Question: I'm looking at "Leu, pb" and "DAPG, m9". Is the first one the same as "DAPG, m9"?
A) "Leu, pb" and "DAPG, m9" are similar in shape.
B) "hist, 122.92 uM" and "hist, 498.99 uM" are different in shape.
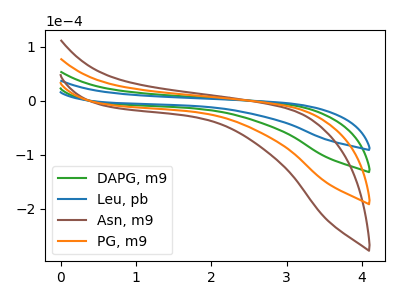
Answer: <think>The green curve "DAPG, m9" has no peaks. The blue curve "Leu, pb" has no peaks. The brown curve "Asn, m9" has no peaks. The orange curve "PG, m9" has no peaks.
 Neither "Leu, pb" or "DAPG, m9" have any peaks.</think>
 <answer>A) "Leu, pb" and "DAPG, m9" are similar in shape.</answer>
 <eval>A</eval>